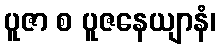
ပူဇာ စ ပူဇနေယျာနံ၊